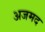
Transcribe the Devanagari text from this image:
अजमद